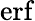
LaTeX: \textstyle\operatorname{erf}